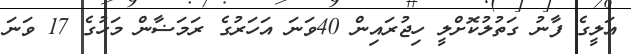
ޢަލީގެ ފާނު ގަތުލުކޮށްލީ ހިޖުރައިން 40ވަނަ އަހަރުގެ ރަމަޟާން މަހުގެ 17 ވަނަ